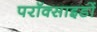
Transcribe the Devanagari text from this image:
परॉक्साइडों